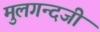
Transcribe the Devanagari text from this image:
मुलगन्दजी